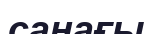
санағы